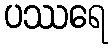
ပဿရေ